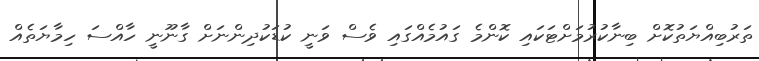
ތަރުބިއްޔަތުކޮށް ބިނާކުރުމަށްޓަކައި ކޮންމެ ގައުމެއްގައި ވެސް ވަނީ ކުޑަކުދިންނަށް ގާނޫނީ ހާއްސަ ހިމާޔަތެއް